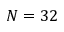
N = 3 2